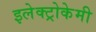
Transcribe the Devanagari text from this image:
इलेक्ट्रोकेमी